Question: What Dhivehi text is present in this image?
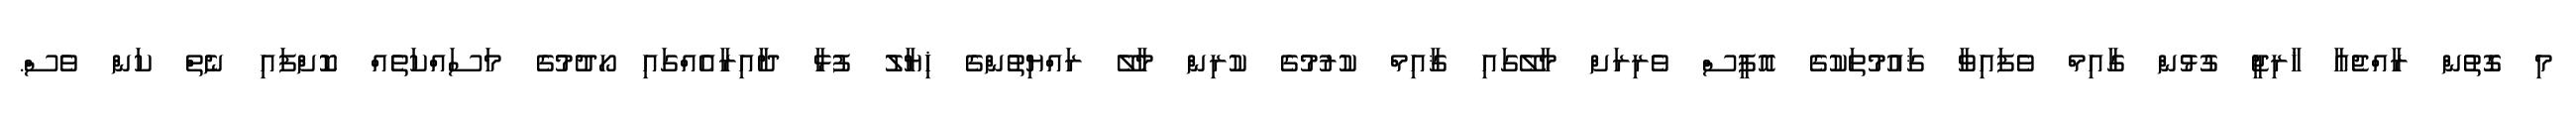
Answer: މި ގޮތުން ރާއްޖެއާ ޚާރިޖީ ގުޅުން ގާއިމް ވެފައިވާ ޤައުމުތަކުގެ އޮފީސް ވެރިރަށް މާލޭގައި ޤާއިމް ކުރުމުގެ ކުރިން މާލޭ ރައްޔިތުންގެ ޚިޔާލު ފުޅާ ދާއިރާއެއްގައި ހޯދުމުގެ މަސައްކަތެއް ކޮށްފައި ނެތް ކަން ވެސް.